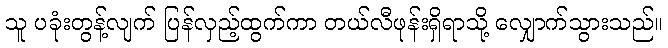
သူ ပခုံးတွန့်လျက် ပြန်လှည့်ထွက်ကာ တယ်လီဖုန်းရှိရာသို့ လျှောက်သွားသည်။